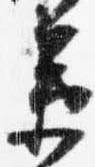
衛